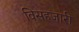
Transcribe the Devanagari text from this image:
विसहजारी